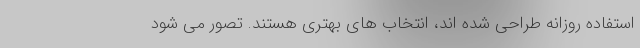
استفاده روزانه طراحی شده اند، انتخاب های بهتری هستند. تصور می شود